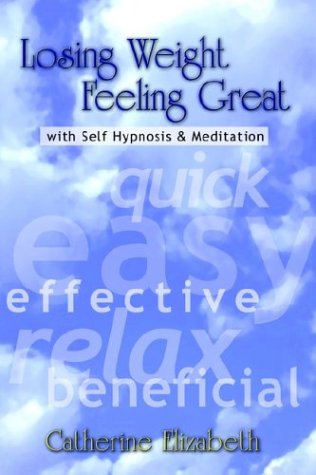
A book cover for Losing Weight Feeling Great with Self Hypnosis & Meditation; Catherine Wiands-Annett; Health, Fitness & Dieting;